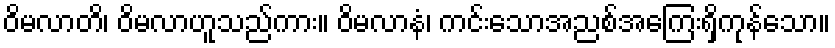
ဝိမလာတိ၊ ဝိမလာဟူသည်ကား။ ဝိမလာနံ၊ ကင်းသောအညစ်အကြေးရှိကုန်သော။